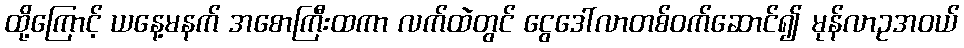
ထို့ကြောင့် ယနေ့မနက် အစောကြီးထကာ လက်ထဲတွင် ငွေဒေါ်လာတစ်ဝက်ဆောင်၍ မုန်လာဥအဝယ်